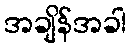
အချိန်အခါ